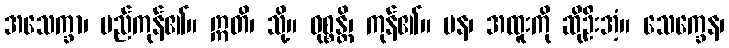
အသေက္ခာ၊ မည်ကုန်၏။ ဣတိ၊ သို့။ ဝုစ္စန္တိ၊ ကုန်၏။ ပန၊ အထူးကို ဆိုဦးအံ့။ သေက္ခေန၊